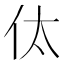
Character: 㑀